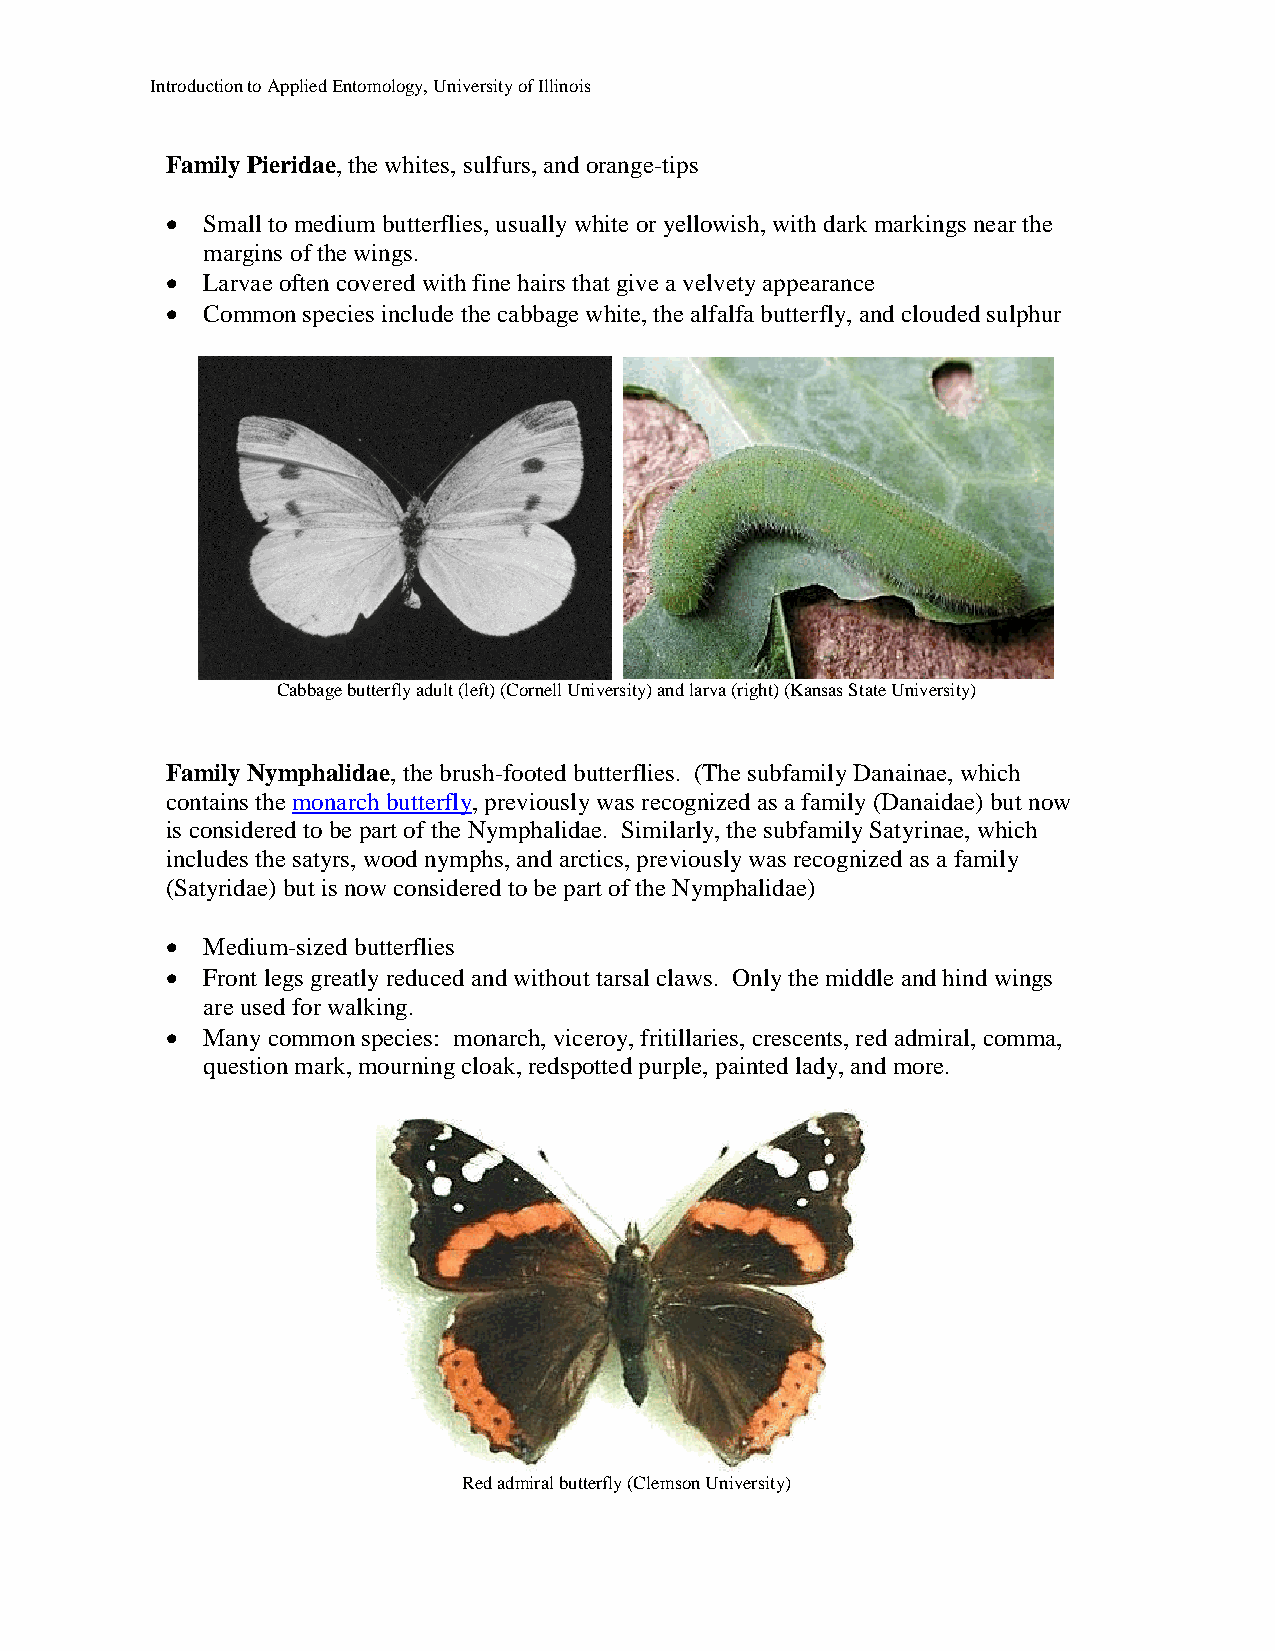
Introduction to Applied Entomology, University of Illinois
 Family Pieridae, the whites, sulfurs, and orange-tips
  Small to medium butterflies, usually white or yellowish, with dark markings near the
 margins of the wings.
  Larvae often covered with fine hairs that give a velvety appearance
  Common species include the cabbage white, the alfalfa butterfly, and clouded sulphur
 Cabbage butterfly adult (left) (Cornell University) and larva (right) (Kansas State University)
 Family Nymphalidae, the brush-footed butterflies. (The subfamily Danainae, which
 contains the monarch butterfly, previously was recognized as a family (Danaidae) but now
 is considered to be part of the Nymphalidae. Similarly, the subfamily Satyrinae, which
 includes the satyrs, wood nymphs, and arctics, previously was recognized as a family
 (Satyridae) but is now considered to be part of the Nymphalidae)
  Medium-sized butterflies
  Front legs greatly reduced and without tarsal claws. Only the middle and hind wings
 are used for walking.
  Many common species: monarch, viceroy, fritillaries, crescents, red admiral, comma,
 question mark, mourning cloak, redspotted purple, painted lady, and more.
 Red admiral butterfly (Clemson University)